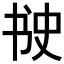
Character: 𰁈